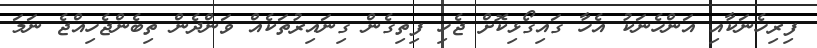
ފިރިހެނަކާއި އަންހެނަކު އެހާ ގައިގޯޅިކޮށް ޖެހި ފިތިގެން ގިނައިރުތަކެއް ވަންދެން ތިބެންޖެހިއްޖެ ނަމަ